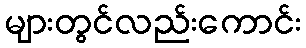
များတွင်လည်းကောင်း